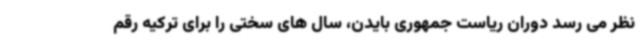
نظر می رسد دوران ریاست جمهوری بایدن، سال های سختی را برای ترکیه رقم